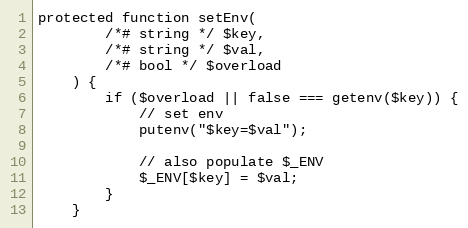
Language: PHP
protected function setEnv(
        /*# string */ $key,
        /*# string */ $val,
        /*# bool */ $overload
    ) {
        if ($overload || false === getenv($key)) {
            // set env
            putenv("$key=$val");

            // also populate $_ENV
            $_ENV[$key] = $val;
        }
    }